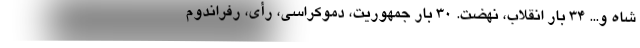
شاه و... ۳۴ بار انقلاب، نهضت. ۳۰ بار جمهوریت، دموکراسی، رأی، رفراندوم